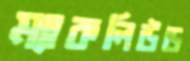
ম্যাকলিউড